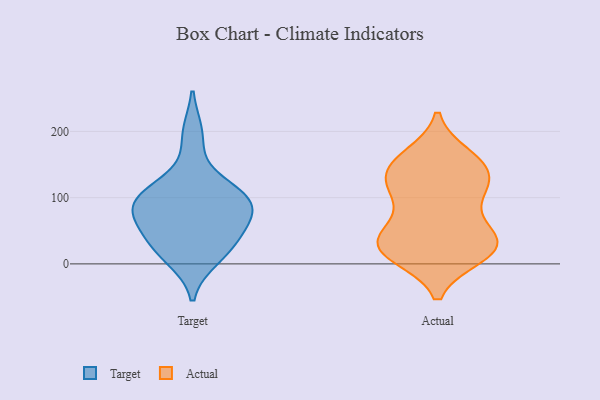
{"axis": {"x": "Waste Production (Tons)", "y": "Value"}, "legend": ["Actual", "Target"], "data": [{"x": "", "y": 79, "type": "Target"}, {"x": "", "y": 27, "type": "Target"}, {"x": "", "y": 195, "type": "Target"}, {"x": "", "y": 82, "type": "Target"}, {"x": "", "y": 53, "type": "Target"}, {"x": "", "y": 103, "type": "Target"}, {"x": "", "y": 118, "type": "Target"}, {"x": "", "y": 10, "type": "Target"}, {"x": "", "y": 83, "type": "Target"}, {"x": "", "y": 99, "type": "Target"}, {"x": "", "y": 29, "type": "Target"}, {"x": "", "y": 113, "type": "Actual"}, {"x": "", "y": 111, "type": "Actual"}, {"x": "", "y": 147, "type": "Actual"}, {"x": "", "y": 36, "type": "Actual"}, {"x": "", "y": 155, "type": "Actual"}, {"x": "", "y": 117, "type": "Actual"}, {"x": "", "y": 23, "type": "Actual"}, {"x": "", "y": 33, "type": "Actual"}, {"x": "", "y": 56, "type": "Actual"}, {"x": "", "y": 135, "type": "Actual"}, {"x": "", "y": 162, "type": "Actual"}, {"x": "", "y": 13, "type": "Actual"}, {"x": "", "y": 32, "type": "Actual"}, {"x": "", "y": 95, "type": "Actual"}, {"x": "", "y": 40, "type": "Actual"}, {"x": "", "y": 13, "type": "Actual"}, {"x": "", "y": 150, "type": "Actual"}, {"x": "", "y": 20, "type": "Actual"}]}